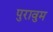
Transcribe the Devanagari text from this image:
पुरावुम